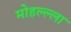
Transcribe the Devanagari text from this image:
मोहल्ल्ला